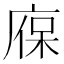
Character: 𢉣